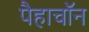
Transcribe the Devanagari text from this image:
पैहाचॉन